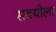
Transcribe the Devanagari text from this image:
सवयीला